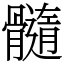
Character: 髓